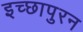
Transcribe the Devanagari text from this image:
इच्छापुरन